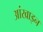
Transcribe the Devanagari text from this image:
आंखाइन